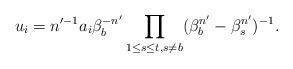
LaTeX: \begin{align*} u_i=n'^{-1}a_i\beta_b^{-n'}\prod_{1\leq s\leq t,s\neq b}(\beta_b^{n'}-\beta_s^{n'})^{-1}.\end{align*}